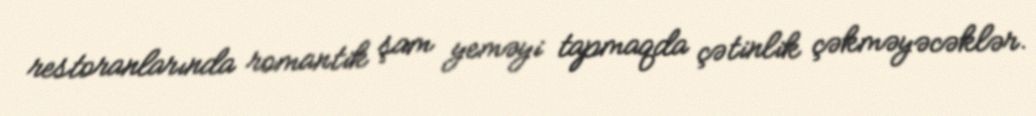
restoranlarında romantik şam yeməyi tapmaqda çətinlik çəkməyəcəklər.